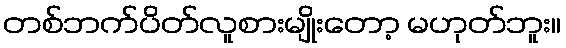
တစ်ဘက်ပိတ်လူစားမျိုးတော့ မဟုတ်ဘူး။